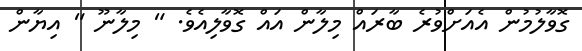
ގޮވާލުމުން އެއަށްވުރެ ބާރައް މިލާން އައް ގޮވާލިއެވެ. " މިލާނޫ " އިޔާން